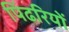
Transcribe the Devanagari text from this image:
पिंढरियों